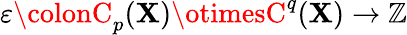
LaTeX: \varepsilon\colonC_{p}(\mathbf{X})\otimesC^{q}(\mathbf{X})\to\mathbb{{Z}}